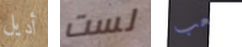
أديل لست تتعب